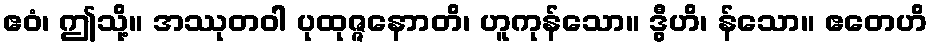
ဧဝံ၊ ဤသို့။ အဿုတဝါ ပုထုဇ္ဇနောာတိ၊ ဟူကုန်သော။ ဒွီဟိ၊ န်သော။ ဧတေဟိ